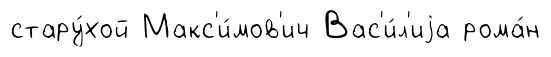
стару́хой Макс'и́мов'ич Вас'и́л'иjа рома́н